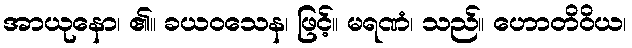
အာယုနော၊ ၏။ ခယဝသေန၊ ဖြင့်။ မရဏံ၊ သည်။ ဟောတိဝိယ၊